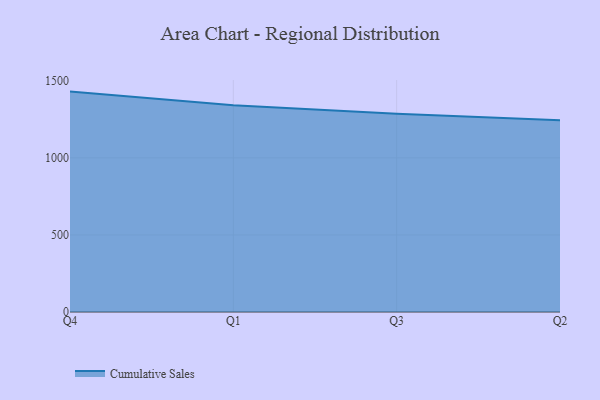
{"axis": {"x": "Quarter", "y": "Latency (ms)"}, "legend": ["Cumulative Sales"], "data": [{"x": "Q4", "y": 1430.1, "type": "Cumulative Sales"}, {"x": "Q1", "y": 1342.0, "type": "Cumulative Sales"}, {"x": "Q3", "y": 1285.8, "type": "Cumulative Sales"}, {"x": "Q2", "y": 1243.7, "type": "Cumulative Sales"}]}